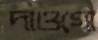
দাওগো